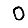
Digit: 0